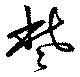
些